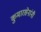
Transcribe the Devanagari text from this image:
कुमारसेनांनी